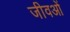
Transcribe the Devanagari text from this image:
जीवओं